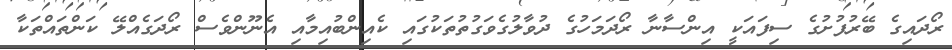
ރޯދައިގެ ބޭރުފުށުގެ ސިފައަކީ އިންސާނާ ރޯދަމަހުގެ ދުވާލުގެވަގުތުތަކުގައި ކެއިންބުއިމާއި އެނޫންވެސް ރޯދަގެއްލޭ ކަންތައްތަކާ